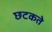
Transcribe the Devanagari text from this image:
छटकते